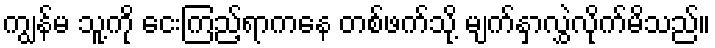
ကျွန်မ သူ့ကို ငေးကြည့်ရာကနေ တစ်ဖက်သို့ မျက်နှာလွှဲလိုက်မိသည်။